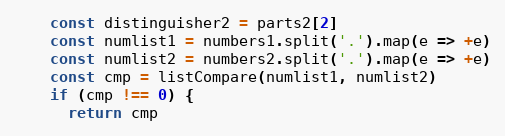
Language: JavaScript
    const distinguisher2 = parts2[2]
    const numlist1 = numbers1.split('.').map(e => +e)
    const numlist2 = numbers2.split('.').map(e => +e)
    const cmp = listCompare(numlist1, numlist2)
    if (cmp !== 0) {
      return cmp